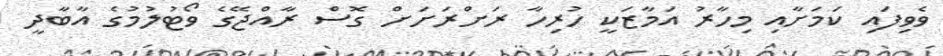
ވެވިފައި ކަމަށާއި މިހާރު އަމާޒަކީ ހުރިހާ ރަށްރަށަށް ގޮސް ރާއްޖޭގެ ވޯޓުލުމުގެ އާބާދީ